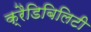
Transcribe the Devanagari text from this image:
क्रैडिबिलिटी